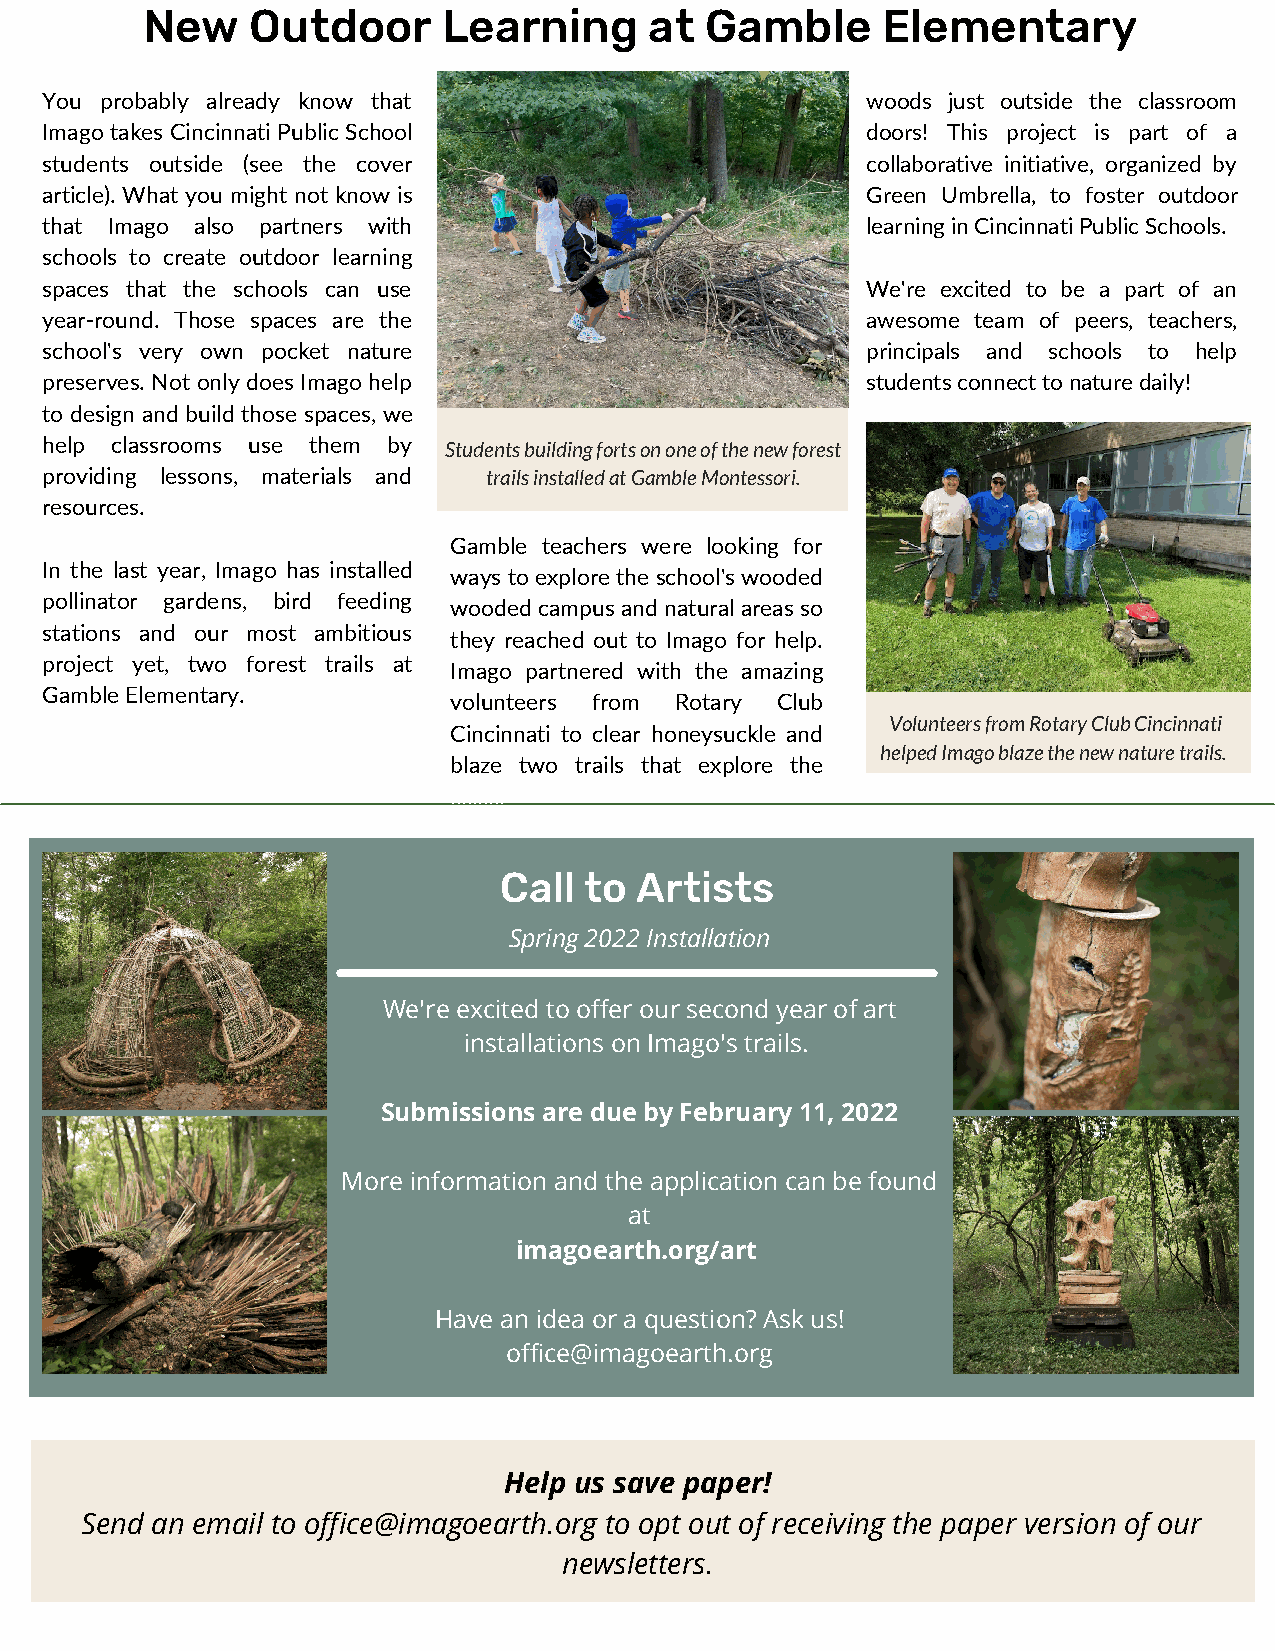
New     Outdoor     Learning      at  Gamble     Elementary
 You probably already know that                        woods just outside the classroom
 Imago takes Cincinnati Public School                  doors! This project is part of a
 students outside (see the cover                       collaborative initiative, organized by
 article). What you might not know is                  Green Umbrella, to foster outdoor
 that Imago also partners with                         learning in Cincinnati Public Schools.
 schools to create outdoor learning
 spaces that the schools can use                       We're excited to be a part of an
 year-round. Those spaces are the                      awesome team of peers, teachers,
 school's very own pocket nature                       principals and schools to help
 preserves. Not only does Imago help                   students connect to nature daily!
 to design and build those spaces, we
 help classrooms use them by Students building forts on one of the new forest
 providing lessons, materials and trails installed at Gamble Montessori.
 resources.
 Gamble teachers were looking for
 In the last year, Imago has installed
 ways to explore the school's wooded
 pollinator gardens, bird feeding
 wooded campus and natural areas so
 stations and our most ambitious
 they reached out to Imago for help.
 project yet, two forest trails at
 Imago partnered with the amazing
 Gamble Elementary.
 volunteers from Rotary Club
 Volunteers from Rotary Club Cincinnati
 Cincinnati to clear honeysuckle and
 helped Imago blaze the new nature trails.
 blaze two trails that explore the
 ..........
 Call  to Artists
 Spring 2022 Installation
 We're excited to offer our second year of art
 installations on Imago's trails.
 Submissions are due by February 11, 2022
 More information and the application can be found
 at
 imagoearth.org/art
 Have an idea or a question? Ask us!
 office@imagoearth.org
 Help us save paper!
 Send an email to office@imagoearth.org to opt out of receiving the paper version of our
 newsletters.